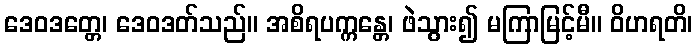
ဒေဝဒတ္တေ၊ ဒေဝဒတ်သည်။ အစိရပက္ကန္တေ၊ ဖဲသွား၍ မကြာမြင့်မီ။ ဝိဟရတိ၊